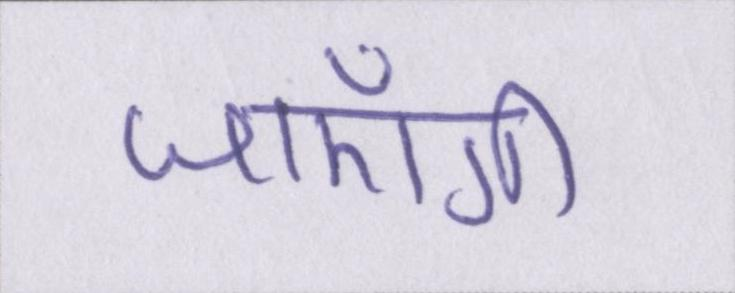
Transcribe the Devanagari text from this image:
जाएँगी